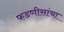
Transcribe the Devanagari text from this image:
फडणीसांचा